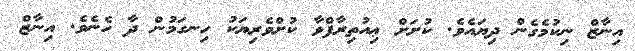
އިނާޒް ނިކުމެގެން ދިޔައެވެ. ކުށަށް ޢިއުތިރާފްވާ ކުށްވެރިޔަކު ހިނގަމުން ދާ ހެނެވެ. އިނާޒް